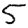
Digit: 5